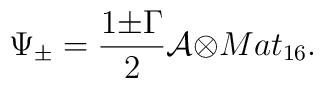
{\Psi}_{\pm}=\frac{1{\pm}{\Gamma}}{2}{\cal A}{\otimes}Mat_{16}.